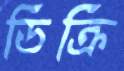
ডিক্রি